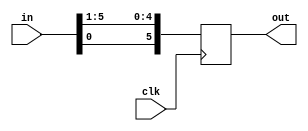
//10 bit right shift register
module loop_register(clk, in, out);
input clk;
input [5:0] in;
output [5:0] out;
reg [5:0] out;
//reg [5:0] temp;
always@(posedge clk)
begin
	//out<=in;
	out <= {in[0], in[5:1]};
end
endmodule

//testbench file for 10 bit right shift register
`timescale 1ns/1ps
module Exper3_2;
 
	reg clk;
	reg [5:0] in;
	wire [5:0] out; 
	loop_register e3_2(clk,in,out);
	//clock generation of period 20 ns
	always
	begin
		#10 clk = ~clk;
		#10 clk = ~clk;
	end
	 
	//initialization
	initial
	begin
		$dumpfile("Ex3_2.vcd");
		$dumpvars(0,e3_2);
		clk = 1'b0;
		in = 6'b110110;
		#100 in = 6'b001010;
		#100 $finish;
	end

endmodule